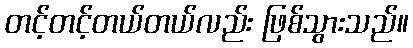
တင့်တင့်တယ်တယ်လည်း ဖြစ်သွားသည်။